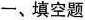
一、填空题